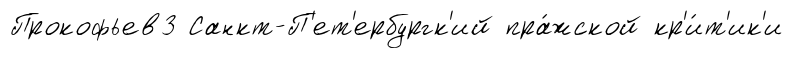
Прокофьев3 Санкт-П'ет'ербургк'ий пра́жской кр'и́т'ик'и